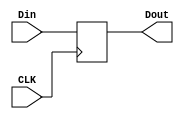
module Delay2(
    input [31:0] Din,
    output [31:0] Dout,
	 input CLK
);
reg [31:0]tmp_out ;
always @(posedge CLK)
begin
	tmp_out <= Din;
end
assign Dout = tmp_out;
endmodule